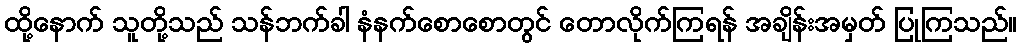
ထို့နောက် သူတို့သည် သန်ဘက်ခါ နံနက်စောစောတွင် တောလိုက်ကြရန် အချိန်းအမှတ် ပြုကြသည်။